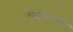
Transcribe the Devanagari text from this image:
महारवल